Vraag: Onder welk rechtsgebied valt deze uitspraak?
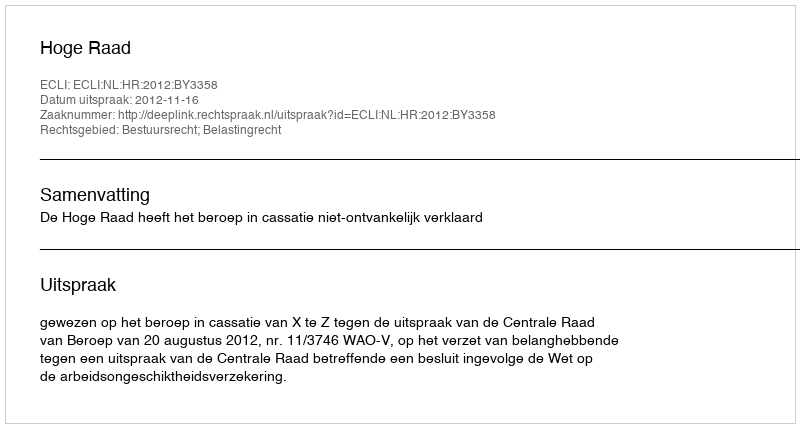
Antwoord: Bestuursrecht; Belastingrecht